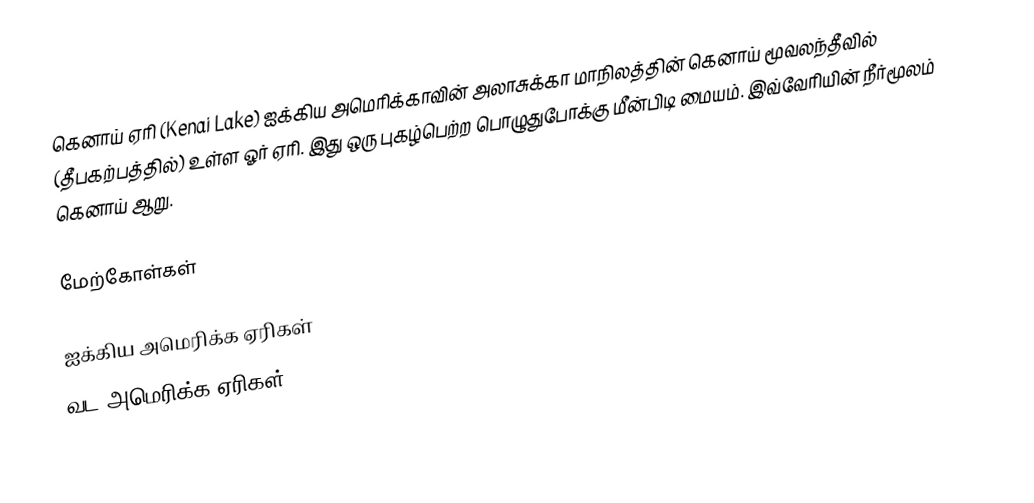
கெனாய் ஏரி (Kenai Lake) ஐக்கிய அமெரிக்காவின் அலாசுக்கா மாநிலத்தின் கெனாய் மூவலந்தீவில் (தீபகற்பத்தில்) உள்ள ஓர் ஏரி. இது ஒரு புகழ்பெற்ற பொழுதுபோக்கு மீன்பிடி மையம். இவ்வேரியின் நீர்மூலம் கெனாய் ஆறு.

மேற்கோள்கள்

ஐக்கிய அமெரிக்க ஏரிகள்
வட அமெரிக்க ஏரிகள்